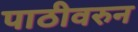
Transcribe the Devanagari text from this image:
पाठीवरुन